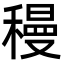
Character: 䅼